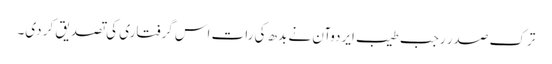
ترک صدر رجب طیب ایردوآن نے بدھ کی رات اس گرفتاری کی تصدیق کر دی۔